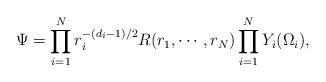
LaTeX: \begin{align*} \Psi=\prod_{i=1}^{N}r_i^{-(d_i-1)/2}R(r_1,\cdots,r_N)\prod_{i=1}^{N}Y_i(\Omega_i),\end{align*}